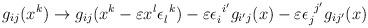
LaTeX: \begin{align*}g_{ij}(x^k) \rightarrow g_{ij}(x^k -\varepsilon x^l\epsilon_l^{~k})-\varepsilon \epsilon_i^{~i'}g_{i'j}(x) -\varepsilon\epsilon_j^{~j'}g_{ij'}(x)\end{align*}